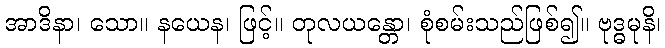
အာဒိနာ၊ သော။ နယေန၊ ဖြင့်။ တုလယန္တော၊ စုံစမ်းသည်ဖြစ်၍။ ဗုဒ္ဓမုနိ၊